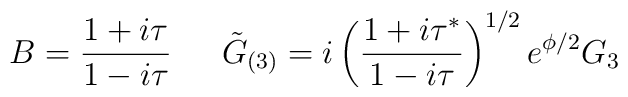
B= \frac{1+i\tau}{1-i\tau}  \,\,\,\,\,\,\,\,\, \tilde{G}_{(3)}=i\left(\frac{1+i\tau^*}{1-i\tau}\right)^{1/2} e^{\phi/2}  G_3